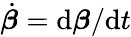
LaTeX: \dot{\boldsymbol{\beta}}=\mathrm{d}\boldsymbol{\beta}/\mathrm{d}t